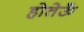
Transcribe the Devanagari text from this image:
होतेऊँ